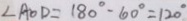
\angle A O D = 1 8 0 ^ { \circ } - 6 0 ^ { \circ } = 1 2 0 ^ { \circ }